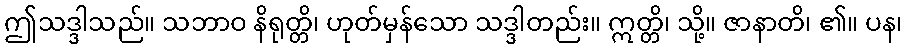
ဤသဒ္ဒါသည်။ သဘာဝ နိရုတ္တိ၊ ဟုတ်မှန်သော သဒ္ဒါတည်း။ ဣတ္တိ၊ သို့။ ဇာနာတိ၊ ၏။ ပန၊